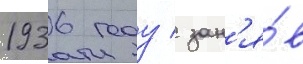
1936 году / зан'я́в